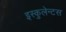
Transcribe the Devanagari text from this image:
इस्कुलेन्टस